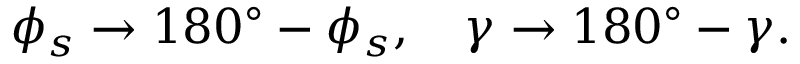
\phi _ { s } \to 1 8 0 ^ { \circ } - \phi _ { s } , \quad \gamma \to 1 8 0 ^ { \circ } - \gamma .